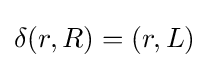
\delta (r,R)=(r,L)